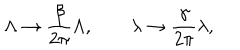
LaTeX: \Lambda \rightarrow { \frac { \beta } { 2 \pi } } \Lambda , \quad \quad \lambda \rightarrow { \frac { \gamma } { 2 \pi } } \lambda ,